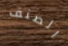
الصنف